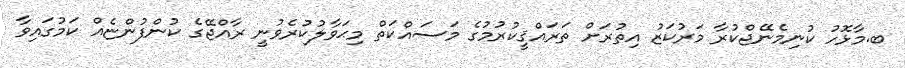
ބ.މާޅޮހު ކުނިމެނޭޖްކުރާ މަރުކަޒު އިތުރަށް ތަރައްޤީކުރުމުގެ މަސައްކަތް މިޙަވާލުކުރެވުނީ ރާއްޖޭގެ ކުންފުންޏެއް ކަމުގައިވާ